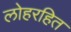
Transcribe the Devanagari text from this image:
लोहरहित